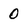
Character: 0